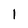
Character: 1